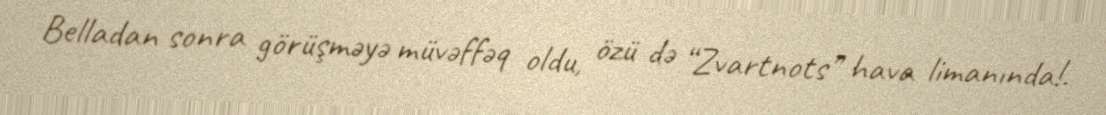
Belladan sonra görüşməyə müvəffəq oldu, özü də “Zvartnots” hava limanında!.